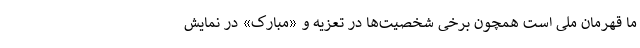
ما قهرمان ملی است همچون برخی شخصیت‌ها در تعزیه و «مبارک» در نمایش